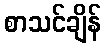
စာသင်ချိန်